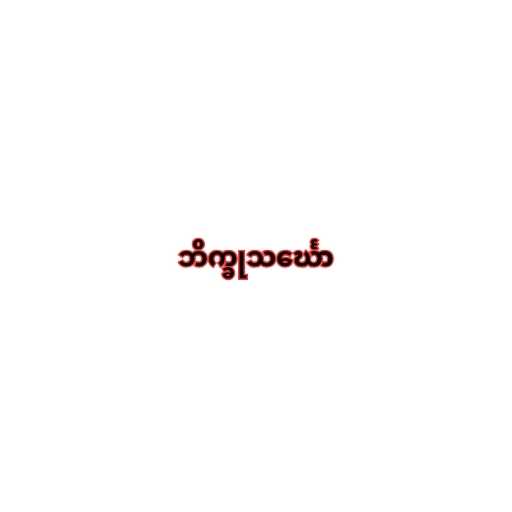
ဘိက္ခုသင်္ဃော